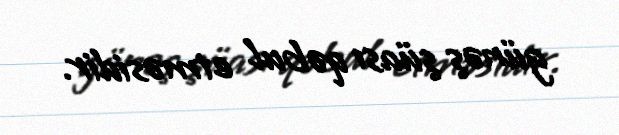
günəş şüası qəbul etməsidir.